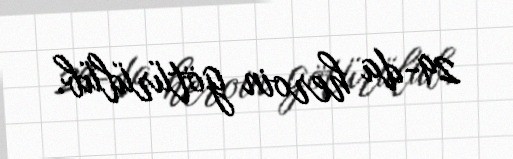
29-da heroin götürülüb.